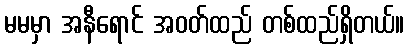
မမမှာ အနီရောင် အဝတ်ထည် တစ်ထည်ရှိတယ်။